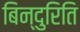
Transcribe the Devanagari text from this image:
बिन्दुरिति